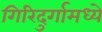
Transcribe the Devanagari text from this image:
गिरिदुर्गामध्ये